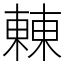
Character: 㯥